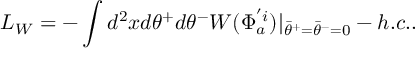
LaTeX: L _ { W } = - \int d ^ { 2 } x d \theta ^ { + } d \theta ^ { - } W ( \Phi _ { a } ^ { ' i } ) | _ { { \bar { \theta } } ^ { + } = { \bar { \theta } } ^ { - } = 0 } - h . c . .